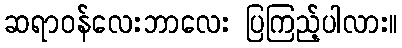
ဆရာဝန်လေးဘာလေး ပြကြည့်ပါလား။